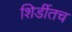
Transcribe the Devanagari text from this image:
शिर्डीतच